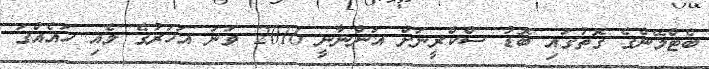
ބެޓްމޭންގެ ގޮތުގައި ބޮޑު ސްކްރީނަށް އަންނާނީ 2016 ވަނަ އަހަރުގެ މެއި ހައެއްގަ